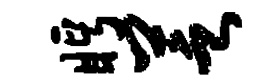
眄芝